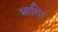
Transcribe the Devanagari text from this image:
भागि।